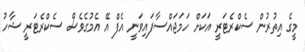
މީގެ އިތުރުން ސެކްރެޓަރީ އަކަށް ހަމަޖައްސާފައިވަނީ އެފް އޭ އެމުގެވެސް ސެކްރެޓަރީ ޝާހު